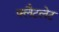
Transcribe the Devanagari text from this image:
फ्लैटलेट